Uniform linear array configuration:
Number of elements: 24
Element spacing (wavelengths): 0.5
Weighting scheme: exponential
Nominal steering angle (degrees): -15
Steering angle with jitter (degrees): -14.552
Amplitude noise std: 0.05
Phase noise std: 0.05

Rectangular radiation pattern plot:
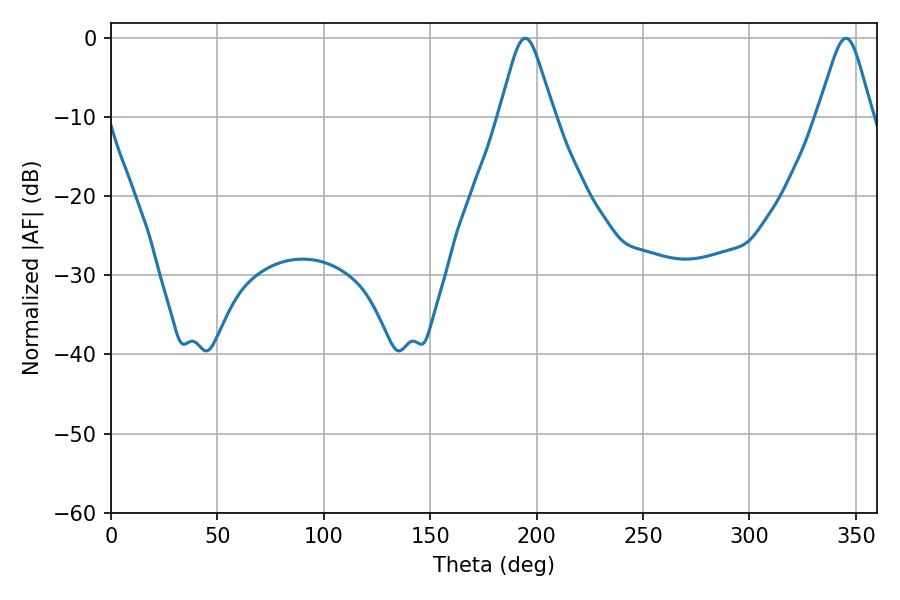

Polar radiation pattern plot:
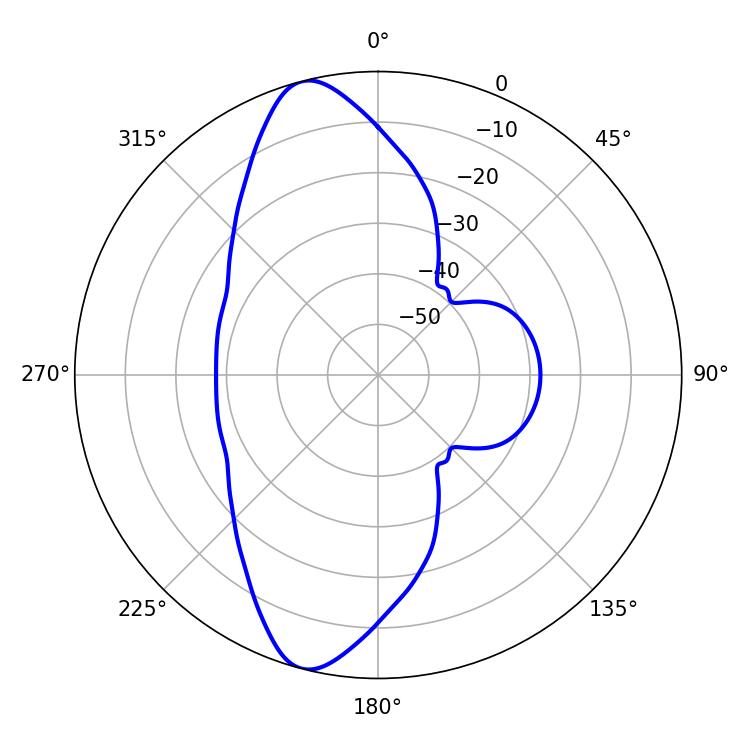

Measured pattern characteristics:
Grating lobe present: FALSE
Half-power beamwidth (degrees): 12.24
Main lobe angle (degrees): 194.58